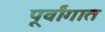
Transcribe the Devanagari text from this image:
पूर्वांगात